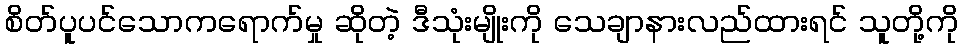
စိတ်ပူပင်သောကရောက်မှု ဆိုတဲ့ ဒီသုံးမျိုးကို သေချာနားလည်ထားရင် သူတို့ကို